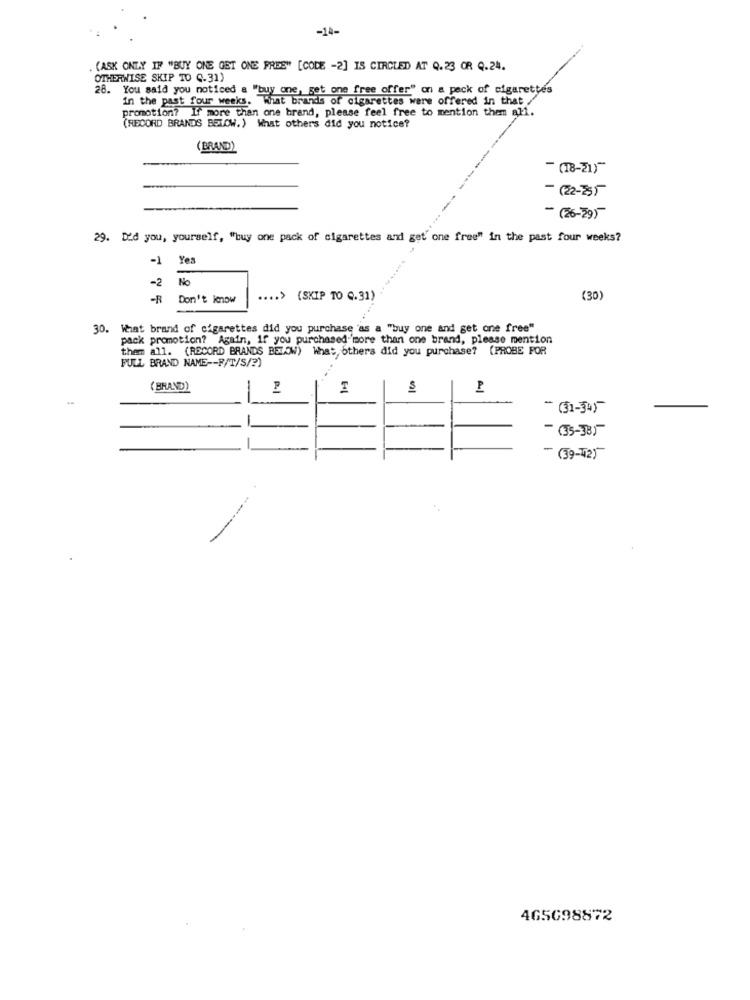
-14-
.(ASK ONLY IF "BUY ONE GET ONE FREE" [CODE -2] IS CIRCLED AT Q.23 OR Q.24.
OTHERWISE SKIP TO C.31)
28. You said you noticed a "buy one, get one free offer" on a pack of cigarettes
in the past four weeks. What brands of cigarettes were offered in that
promotion? If more than one brand, please feel free to mention them all.
(RECORD BRANDS BELOW.) What others did you notice?
(BRAND)
- (18-21)-
- (22-255
-(26-29)
29. Did you, yourself, "buy one pack of cigarettes and get' one free" in the past four weeks?
-1
Yes
-2
No
-R
Don't know
.... > {SKIP TO Q.31)
(30)
30. What brand of cigarettes did you purchase 'as a "buy one and get one free"
pack promotion? Again, if you purchased'more than one brand, please mention
them all. (RECORD BRANDS BELOW) What, others did you purchase? (PROBE FOR
FULL BRAND NAME -- F/T/S/?)
( BRAND)
- (31-34)-
- (35-38)
- (39-42)
465698872